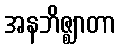
အနဘိဇ္ဈာတာ